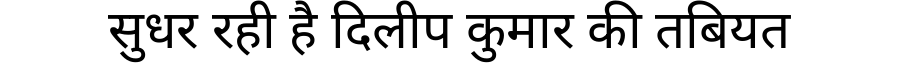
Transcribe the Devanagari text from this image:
सुधर रही है दिलीप कुमार की तबियत